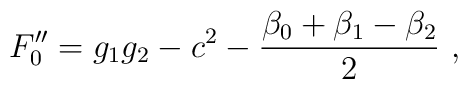
F_0'' = g_1 g_2 - c^2 - \frac{\beta_0 + \beta_1 - \beta_2}{2}~,